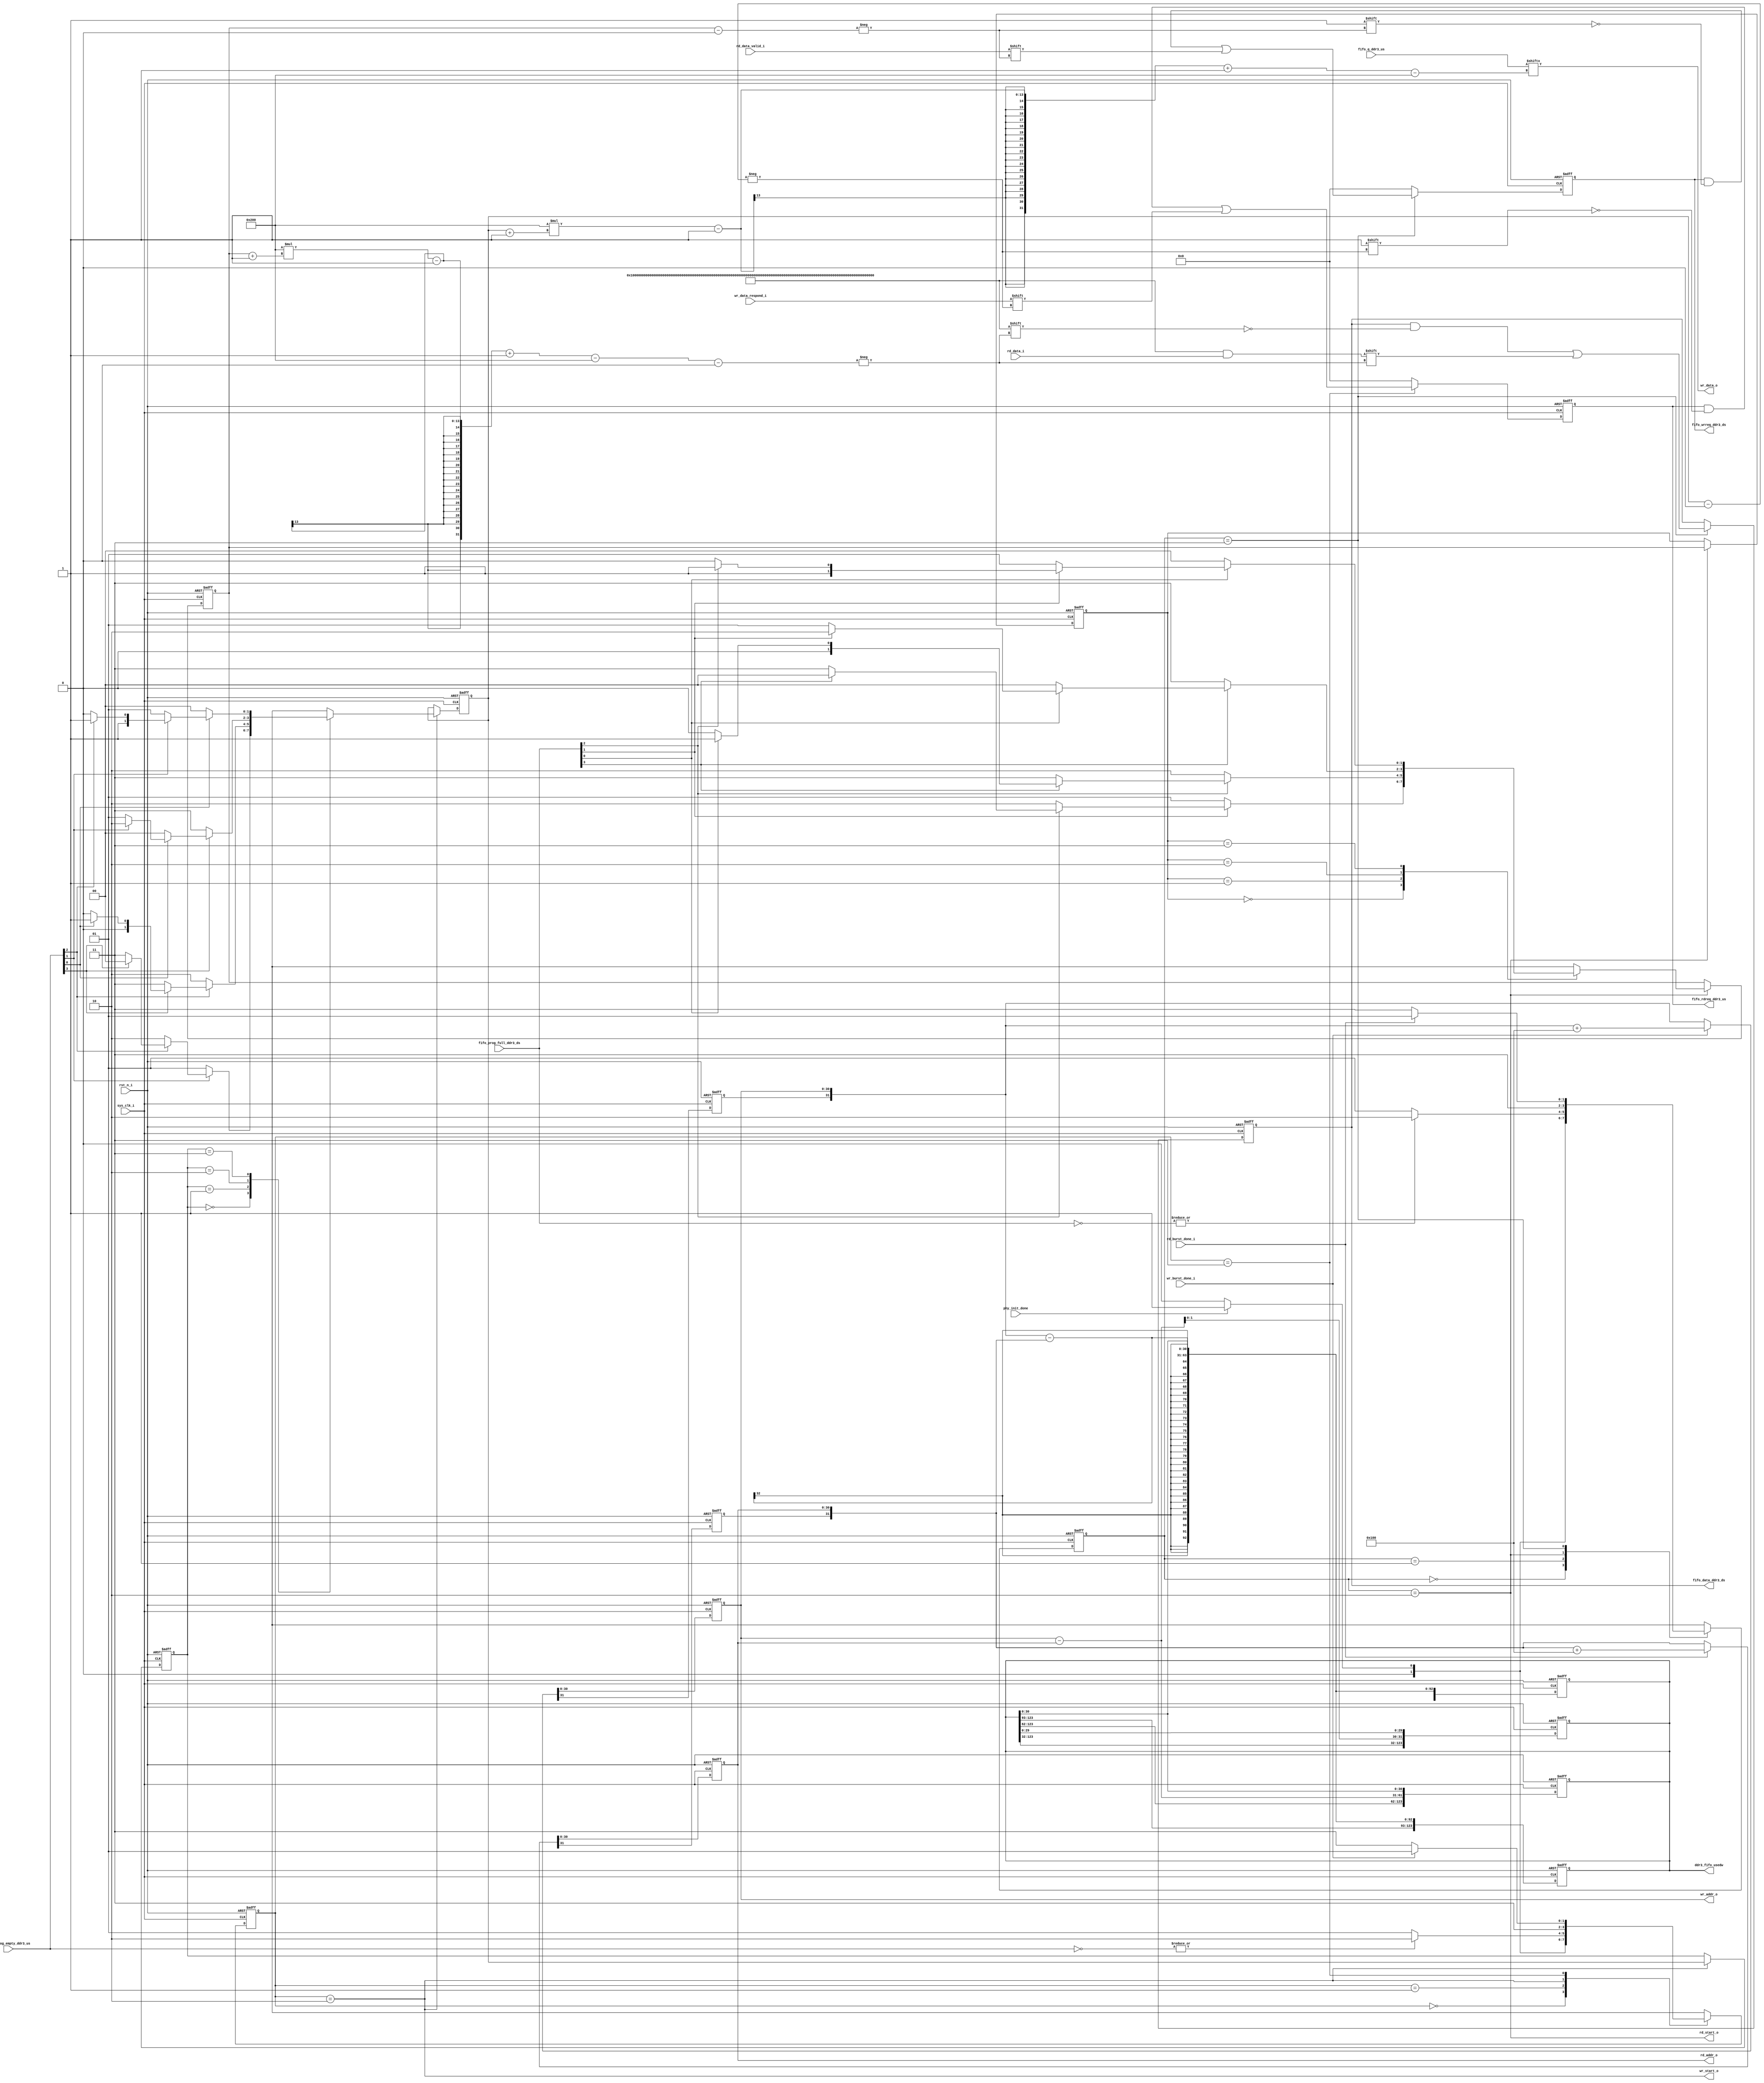
module ddr3_4g_4ch_fsm #(
    parameter                           CHANNEL_NUM               = 4,
    parameter                           C_M_AXI_BURST_LEN         = 16,// Burst Length. Supports 1, 2, 4, 8, 16, 32, 64, 128, 256 burst lengths
    parameter                           C_M_AXI_ADDR_WIDTH        = 31,// Width of Address Bus
    parameter                           C_M_AXI_DATA_WIDTH        = 512// Width of Data Bus
) (
    input                               sys_clk_i                  ,
    input                               rst_n_i                    ,

    input                               phy_init_done              ,
    output reg         [CHANNEL_NUM*C_M_AXI_ADDR_WIDTH-1: 0]ddr3_fifo_usedw,
    //-------------------------ram interface---------------------------//
    output                              wr_start_o                 ,
    output reg         [C_M_AXI_ADDR_WIDTH-1: 0]wr_addr_o          ,
    output             [C_M_AXI_DATA_WIDTH-1: 0]wr_data_o          ,
    input                               wr_data_respond_i          ,
    input                               wr_burst_done_i            ,

    output                              rd_start_o                 ,
    output reg         [C_M_AXI_ADDR_WIDTH-1: 0]rd_addr_o          ,
    input              [C_M_AXI_DATA_WIDTH-1: 0]rd_data_i          ,
    input                               rd_data_valid_i            ,
    input                               rd_burst_done_i            ,
    //---------------------------------------------------------------------
    // FIFO Interface for DDR3 SDRAM Upstream
    output reg         [CHANNEL_NUM-1: 0]fifo_rdreq_ddr3_us        ,
    input              [CHANNEL_NUM*C_M_AXI_DATA_WIDTH-1: 0]fifo_q_ddr3_us,
    input              [CHANNEL_NUM-1: 0]fifo_prog_empty_ddr3_us   ,
    //---------------------------------------------------------------------        
    // FIFO Interface for DDR3 SDRAM Downstream 
    output reg         [CHANNEL_NUM-1: 0]fifo_wrreq_ddr3_ds        ,
    output reg         [CHANNEL_NUM*C_M_AXI_DATA_WIDTH-1: 0]fifo_data_ddr3_ds,
    input              [CHANNEL_NUM-1: 0]fifo_prog_full_ddr3_ds     
);
// ********************************************************************************** // 
//---------------------------------------------------------------------
// function called clogb2 that returns an integer which has the value of the ceiling of the log base 2
// for example, b = 8, a = clogb2(b) = 4
//---------------------------------------------------------------------
function integer clogb2;
    input                               integer bit_depth          ;
    for (clogb2 = 0; bit_depth>0; clogb2=clogb2+1) begin
        bit_depth = bit_depth >> 1;
    end
endfunction
// ********************************************************************************** // 
//---------------------------------------------------------------------
// global regs and wires and localparams
//---------------------------------------------------------------------
    localparam                          integer burst_size_bytes  = clogb2(C_M_AXI_BURST_LEN-1) * C_M_AXI_DATA_WIDTH/8;//Burst size in bytes
    integer i;
// ********************************************************************************** // 
//---------------------------------------------------------------------
// wr operation
//---------------------------------------------------------------------
    localparam                          WR_INIT                   = 0;
    localparam                          WR_IDLE                   = 1;
    localparam                          WR_ARBIT                  = 2;
    localparam                          WR_DATA                   = 3;
    reg                [   1: 0]        wr_cur_state               ;
    reg                [   1: 0]        wr_next_state              ;
    reg                [   1: 0]        wr_cur_winner              ;
    reg                [   1: 0]        wr_last_winner             ;
    reg                                 wr_addr_extension          ;

// last winner
always@(posedge sys_clk_i or negedge rst_n_i)begin
    if(!rst_n_i)
        wr_last_winner <= 0;
    else if(wr_cur_state == WR_ARBIT)
        wr_last_winner <= wr_cur_winner;
    else
        wr_last_winner <= wr_last_winner;
end

// current winner
always@(posedge sys_clk_i or negedge rst_n_i)begin
    if(!rst_n_i)
        wr_cur_winner <= 'd0;
    else if (wr_cur_state == WR_ARBIT) begin
        case(wr_last_winner)
            0:begin
                if (~fifo_prog_empty_ddr3_us[1])
                    wr_cur_winner <= 'd1;
                else if (~fifo_prog_empty_ddr3_us[2])
                    wr_cur_winner <= 'd2;
                else if (~fifo_prog_empty_ddr3_us[3])
                    wr_cur_winner <= 'd3;
                else
                    wr_cur_winner <= 'd0;
            end
            1:begin
                if (~fifo_prog_empty_ddr3_us[2])
                    wr_cur_winner <= 'd2;
                else if (~fifo_prog_empty_ddr3_us[3])
                    wr_cur_winner <= 'd3;
                else if (~fifo_prog_empty_ddr3_us[0])
                    wr_cur_winner <= 'd0;
                else
                    wr_cur_winner <= 'd1;
            end
            2:begin
                if (~fifo_prog_empty_ddr3_us[3])
                    wr_cur_winner <= 'd3;
                else if (~fifo_prog_empty_ddr3_us[0])
                    wr_cur_winner <= 'd0;
                else if (~fifo_prog_empty_ddr3_us[1])
                    wr_cur_winner <= 'd1;
                else
                    wr_cur_winner <= 'd2;
            end
            3:begin
                if (~fifo_prog_empty_ddr3_us[0])
                    wr_cur_winner <= 'd0;
                else if (~fifo_prog_empty_ddr3_us[1])
                    wr_cur_winner <= 'd1;
                else if (~fifo_prog_empty_ddr3_us[2])
                    wr_cur_winner <= 'd2;
                else
                    wr_cur_winner <= 'd3;
            end
            default:wr_cur_winner <= 'd0;
        endcase
    end
    else
        wr_cur_winner <= wr_cur_winner;
end

//һ,״̬ת,ʱ߼
always@(posedge sys_clk_i or negedge rst_n_i)begin
    if(!rst_n_i)
        wr_cur_state <= WR_INIT;
    else
        wr_cur_state <= wr_next_state;
end

//ڶ,ת,߼
always@(*)begin
    case(wr_cur_state)
        WR_INIT:
            if (phy_init_done)
                wr_next_state <= WR_IDLE;
            else
                wr_next_state <= WR_INIT;
        WR_IDLE:
            if (|(~fifo_prog_empty_ddr3_us))
                wr_next_state <= WR_ARBIT;
            else
                wr_next_state <= WR_IDLE;
        WR_ARBIT: wr_next_state <= WR_DATA;
        WR_DATA:
            if (wr_burst_done_i)
                wr_next_state <= WR_IDLE;
            else
                wr_next_state <= WR_DATA;
        default:wr_next_state <= WR_IDLE;
    endcase
end
//---------------------------------------------------------------------
// wr operation logic
//---------------------------------------------------------------------
    assign                              wr_start_o                = (wr_cur_state == WR_ARBIT);

always@(posedge sys_clk_i or negedge rst_n_i)begin
    if (!rst_n_i)
        {wr_addr_extension,wr_addr_o} <= 'd0;
    else if (wr_burst_done_i)
        {wr_addr_extension,wr_addr_o} <= {wr_addr_extension,wr_addr_o} + burst_size_bytes;
    else
        {wr_addr_extension,wr_addr_o} <= {wr_addr_extension,wr_addr_o};
end

always@(posedge sys_clk_i or negedge rst_n_i)begin
    if (!rst_n_i)
        fifo_rdreq_ddr3_us <= 'd0;
    else if (wr_cur_state == WR_DATA)
        fifo_rdreq_ddr3_us[wr_cur_winner] <= wr_data_respond_i;
    else
        fifo_rdreq_ddr3_us <= 'd0;
end

    assign                              wr_data_o                 = fifo_q_ddr3_us[C_M_AXI_DATA_WIDTH*(wr_cur_winner+1)-1 -: C_M_AXI_DATA_WIDTH];
// ********************************************************************************** // 
//---------------------------------------------------------------------
// rd operation
//---------------------------------------------------------------------
    localparam                          RD_INIT                   = 0;
    localparam                          RD_IDLE                   = 1;
    localparam                          RD_ARBIT                  = 2;
    localparam                          RD_DATA                   = 3;
    reg                [   1: 0]        rd_cur_state               ;
    reg                [   1: 0]        rd_next_state              ;
    reg                [   1: 0]        rd_cur_winner              ;
    reg                [   1: 0]        rd_last_winner             ;
    reg                                 rd_addr_extension          ;

// last winner
always@(posedge sys_clk_i or negedge rst_n_i)begin
    if(!rst_n_i)
        rd_last_winner <= 'd0;
    else if(rd_cur_state == RD_ARBIT)
        rd_last_winner <= rd_cur_winner;
    else
        rd_last_winner <= rd_last_winner;
end

// current winner
always@(posedge sys_clk_i or negedge rst_n_i)begin
    if(!rst_n_i)
        rd_cur_winner <= 'd0;
    else if (rd_cur_state == RD_ARBIT) begin
        case(rd_last_winner)
            0:begin
                if (~fifo_prog_full_ddr3_ds[1])
                    rd_cur_winner <= 'd1;
                else if (~fifo_prog_full_ddr3_ds[2])
                    rd_cur_winner <= 'd2;
                else if (~fifo_prog_full_ddr3_ds[3])
                    rd_cur_winner <= 'd3;
                else
                    rd_cur_winner <= 'd0;
            end
            1:begin
                if (~fifo_prog_full_ddr3_ds[2])
                    rd_cur_winner <= 'd2;
                else if (~fifo_prog_full_ddr3_ds[3])
                    rd_cur_winner <= 'd3;
                else if (~fifo_prog_full_ddr3_ds[0])
                    rd_cur_winner <= 'd0;
                else
                    rd_cur_winner <= 'd1;
            end
            2:begin
                if (~fifo_prog_full_ddr3_ds[3])
                    rd_cur_winner <= 'd3;
                else if (~fifo_prog_full_ddr3_ds[0])
                    rd_cur_winner <= 'd0;
                else if (~fifo_prog_full_ddr3_ds[1])
                    rd_cur_winner <= 'd1;
                else
                    rd_cur_winner <= 'd2;
            end
            3:begin
                if (~fifo_prog_full_ddr3_ds[0])
                    rd_cur_winner <= 'd0;
                else if (~fifo_prog_full_ddr3_ds[1])
                    rd_cur_winner <= 'd1;
                else if (~fifo_prog_full_ddr3_ds[2])
                    rd_cur_winner <= 'd2;
                else
                    rd_cur_winner <= 'd3;
            end
            default:rd_cur_winner <= 'd0;
        endcase
    end
    else
        rd_cur_winner <= rd_cur_winner;
end

//һ,״̬ת,ʱ߼
always@(posedge sys_clk_i or negedge rst_n_i)begin
    if(!rst_n_i)
        rd_cur_state <= RD_INIT;
    else
        rd_cur_state <= rd_next_state;
end

//ڶ,ת,߼
always@(*)begin
    case(rd_cur_state)
        RD_INIT:
            if (phy_init_done)
                rd_next_state <= RD_IDLE;
            else
                rd_next_state <= RD_INIT;
        RD_IDLE:
            if (|(~fifo_prog_full_ddr3_ds))
                rd_next_state <= RD_ARBIT;
            else
                rd_next_state <= RD_IDLE;
        RD_ARBIT: rd_next_state <= RD_DATA;
        RD_DATA:
            if (rd_burst_done_i)
                rd_next_state <= RD_IDLE;
            else
                rd_next_state <= RD_DATA;
        default:rd_next_state <= RD_IDLE;
    endcase
end
//---------------------------------------------------------------------
// rd operation 
//---------------------------------------------------------------------
    assign                              rd_start_o                = (rd_cur_state == RD_ARBIT);

always@(posedge sys_clk_i or negedge rst_n_i)begin
    if (!rst_n_i)
        {rd_addr_extension,rd_addr_o} <= 'd0;
    else if (rd_burst_done_i)
        {rd_addr_extension,rd_addr_o} <= {rd_addr_extension,rd_addr_o} + burst_size_bytes;
    else
        {rd_addr_extension,rd_addr_o} <= {rd_addr_extension,rd_addr_o};
end

always@(posedge sys_clk_i or negedge rst_n_i)begin
    if (!rst_n_i)
        fifo_data_ddr3_ds <= 'd0;
    else if (rd_cur_state == RD_DATA)
        fifo_data_ddr3_ds[C_M_AXI_DATA_WIDTH*(rd_cur_winner+1)-1 -: C_M_AXI_DATA_WIDTH] <= rd_data_i;
    else
        fifo_data_ddr3_ds <= fifo_data_ddr3_ds;
end

always@(posedge sys_clk_i or negedge rst_n_i)begin
    if (!rst_n_i)
        fifo_wrreq_ddr3_ds <= 'd0;
    else if (rd_cur_state == RD_DATA)
        fifo_wrreq_ddr3_ds[rd_cur_winner] <= rd_data_valid_i;
    else
        fifo_wrreq_ddr3_ds <= 'd0;
end

// ********************************************************************************** // 
//---------------------------------------------------------------------
// fifo memory now
//---------------------------------------------------------------------
generate
    begin
        genvar i;
        for (i = 0; i < CHANNEL_NUM; i = i + 1) begin
            always@(posedge sys_clk_i or negedge rst_n_i)begin
                if (!rst_n_i)
                    ddr3_fifo_usedw <= 'd0;
                else
                    ddr3_fifo_usedw[C_M_AXI_ADDR_WIDTH*(i+1) - 1 -:C_M_AXI_ADDR_WIDTH*i] <=
                        {wr_addr_extension,wr_addr_o} - {rd_addr_extension,rd_addr_o};
            end
        end
    end
endgenerate

endmodule